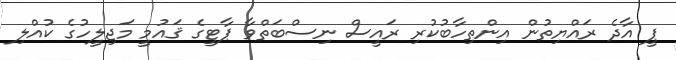
ޕީ އާދެ ރައްޔިތުން އިންތިހާބުކުރި ރައީސް ނިސްބަތްވާ ޕާޓީގެ ޤައުމީ މަޖިލީހުގެ ކުއްލި